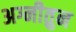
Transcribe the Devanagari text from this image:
अग्नीतुन